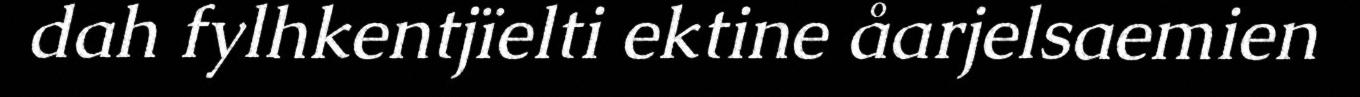
dah fylhkentjïelti ektine åarjelsaemien